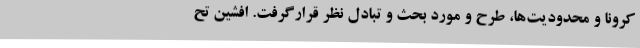
کرونا و محدودیت‌ها، طرح و مورد بحث و تبادل نظر قرارگرفت. افشین تح